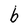
Character: b